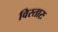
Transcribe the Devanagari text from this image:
विस्तारः